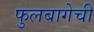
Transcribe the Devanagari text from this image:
फुलबागेची